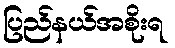
ပြည်နယ်အစိုးရ